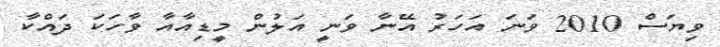
ވިޔަސް 2010 ވަނަ އަހަރު އޭނާ ވަނީ އަލުން މީޑިއާއާ ވާހަކަ ދައްކާ